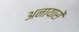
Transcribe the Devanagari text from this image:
अनायासें